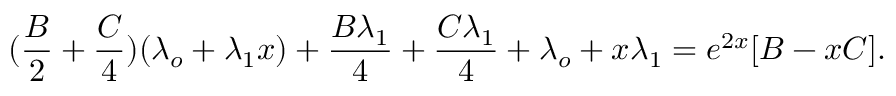
( \frac { B } { 2 } + \frac { C } { 4 } ) ( \lambda _ { o } + \lambda _ { 1 } x ) + \frac { B \lambda _ { 1 } } { 4 } + \frac { C \lambda _ { 1 } } { 4 } + \lambda _ { o } + x \lambda _ { 1 } = e ^ { 2 x } [ B - x C ] .